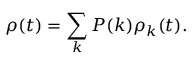
\rho ( t ) = \sum _ { k } P ( k ) \rho _ { k } ( t ) .